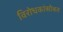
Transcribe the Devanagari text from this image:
विरोधकांसोबत